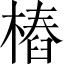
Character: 樁